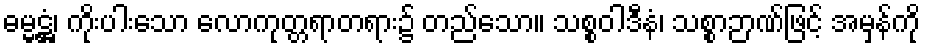
ဓမ္မဋ္ဌံ၊ ကိုးပါးသော လောကုတ္တရာတရား၌ တည်သော။ သစ္စဝါဒီနံ၊ သစ္စာဉာဏ်ဖြင့် အမှန်ကို